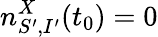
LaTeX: n_{S^{\prime},I^{\prime}}^{X}(t_{0})=0